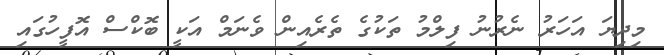
މިދިޔަ އަހަރު ނެރުނު ފިލްމު ތަކުގެ ތެރެއިން ވެނަމް އަކީ ބޮކްސް އޮފީހުގައި